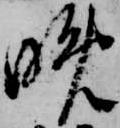
晩